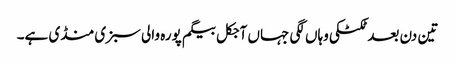
تین دن بعد ٹکٹکی وہاں لگی جہاں آجکل بیگم پورہ والی سبزی منڈی ہے۔